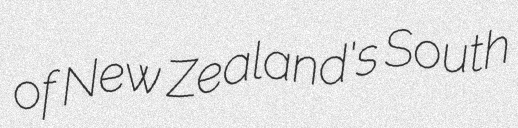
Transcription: of New Zealand's South